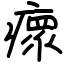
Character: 瘝